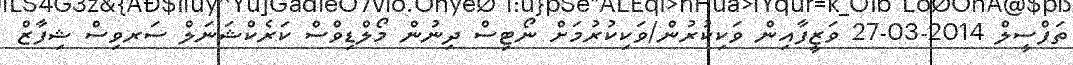
ތަފްސީލް 2014-03-27 ވަޒީފާއިން ވަކިކުރުން/ވަކިކުރުމަށް ނޯޓިސް ދިނުން މޯލްޑިވްސް ކަރެކްޝަނަލް ސަރވިސް ޝިފާޒް